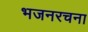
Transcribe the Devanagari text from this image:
भजनरचना